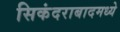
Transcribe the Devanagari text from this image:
सिकंदराबादमध्ये